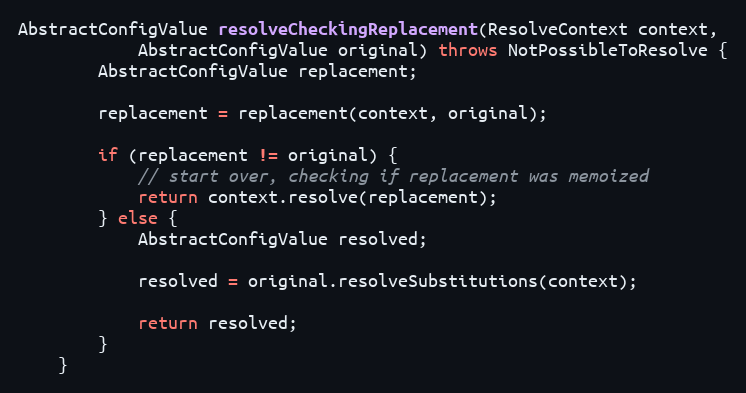
Language: Java
AbstractConfigValue resolveCheckingReplacement(ResolveContext context,
            AbstractConfigValue original) throws NotPossibleToResolve {
        AbstractConfigValue replacement;

        replacement = replacement(context, original);

        if (replacement != original) {
            // start over, checking if replacement was memoized
            return context.resolve(replacement);
        } else {
            AbstractConfigValue resolved;

            resolved = original.resolveSubstitutions(context);

            return resolved;
        }
    }